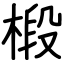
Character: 椴